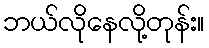
ဘယ်လိုနေလို့တုန်း။